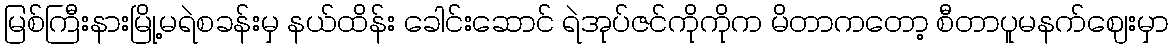
မြစ်ကြီးနားမြို့မရဲစခန်းမှ နယ်ထိန်း ခေါင်းဆောင် ရဲအုပ်ဇင်ကိုကိုက မိတာကတော့ စီတာပူမနက်ဈေးမှာ